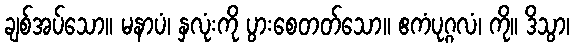
ချစ်အပ်သော။ မနာပံ၊ နှလုံးကို ပွားစေတတ်သော။ ဧကံပုဂ္ဂလံ၊ ကို။ ဒိသွာ၊